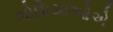
ભોમિયાઓએ